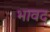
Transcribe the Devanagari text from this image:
भावद